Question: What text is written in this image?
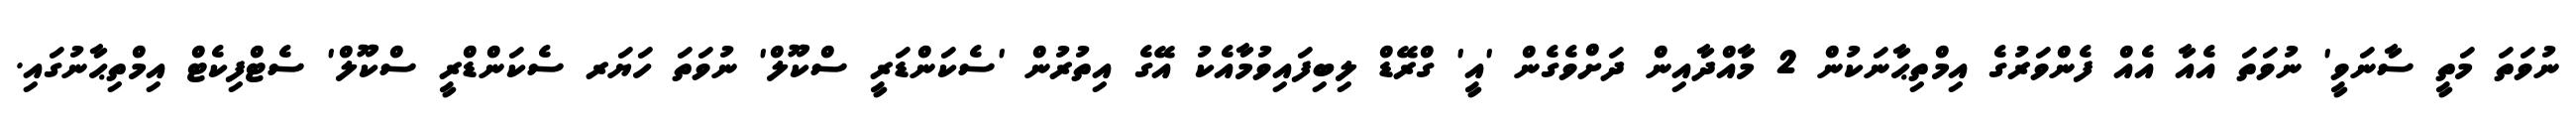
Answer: ނުވަތަ މަތީ ސާނަވީ' ނުވަތަ އެއާ އެއް ފެންވަރުގެ އިމްތިޙާނަކުން 2 މާއްދާއިން ދަށްވެގެން 'އީ' ގްރޭޑް ލިބިފައިވުމާއެކު އޭގެ އިތުރުން 'ސެކަންޑަރީ ސްކޫލް' ނުވަތަ ހަޔަރ ސެކަންޑްރީ ސްކޫލް' ސެޓްފިކެޓް އިމްތިޙާނުގައި.